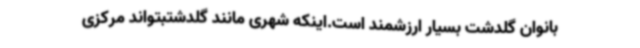
بانوان گلدشت بسیار ارزشمند است.اینکه شهری مانند گلدشتبتواند مرکزی